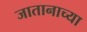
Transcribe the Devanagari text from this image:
जातानाच्या